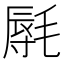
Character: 𰚩